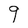
Character: 9